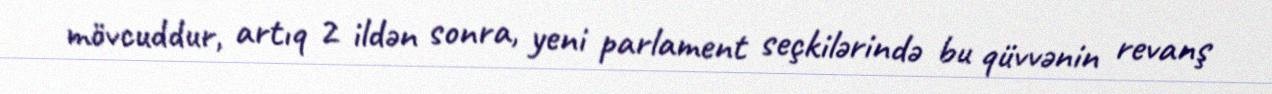
mövcuddur, artıq 2 ildən sonra, yeni parlament seçkilərində bu qüvvənin revanş